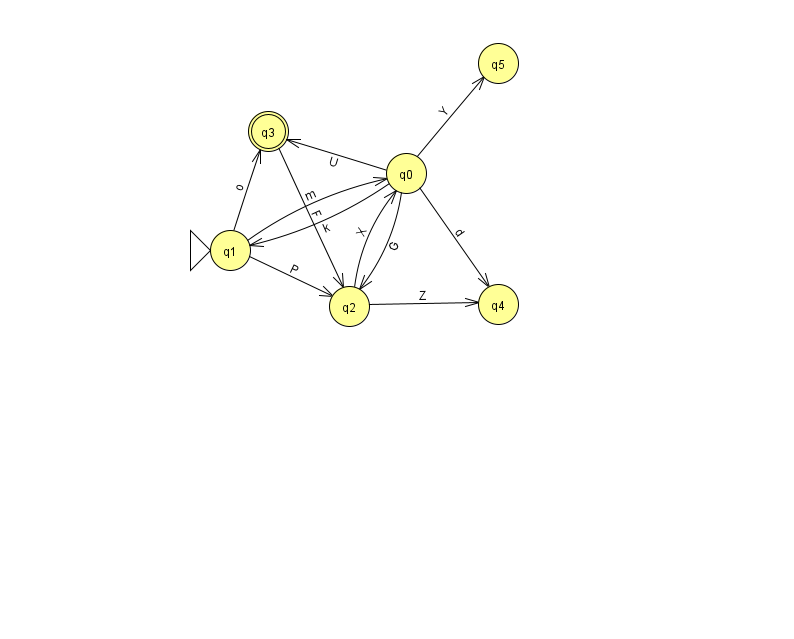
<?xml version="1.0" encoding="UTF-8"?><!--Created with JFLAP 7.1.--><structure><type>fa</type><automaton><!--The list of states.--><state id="0" name="q0"><x>406.0</x><y>160.0</y></state><state id="1" name="q1"><x>230.0</x><y>237.0</y><initial/></state><state id="2" name="q2"><x>349.0</x><y>293.0</y></state><state id="3" name="q3"><x>268.0</x><y>118.0</y><final/></state><state id="4" name="q4"><x>498.0</x><y>291.0</y></state><state id="5" name="q5"><x>498.0</x><y>50.0</y></state><!--The list of transitions.--><transition><from>0</from><to>5</to><read>Y</read></transition><transition><from>1</from><to>3</to><read>o</read></transition><transition><from>2</from><to>0</to><read>X</read></transition><transition><from>3</from><to>2</to><read>F</read></transition><transition><from>1</from><to>0</to><read>m</read></transition><transition><from>0</from><to>4</to><read>d</read></transition><transition><from>0</from><to>2</to><read>G</read></transition><transition><from>0</from><to>3</to><read>U</read></transition><transition><from>2</from><to>4</to><read>Z</read></transition><transition><from>0</from><to>1</to><read>k</read></transition><transition><from>1</from><to>2</to><read>P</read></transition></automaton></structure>